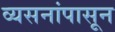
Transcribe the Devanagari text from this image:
व्यसनांपासून